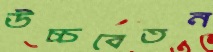
উচ্চবেতন